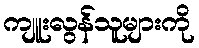
ကျူးလွန်သူများကို